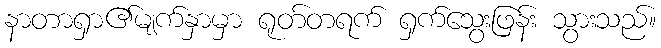
နာတာရှာ၏မျက်နှာမှာ ရုတ်တရက် ရှက်သွေးဖြန်း သွားသည်။